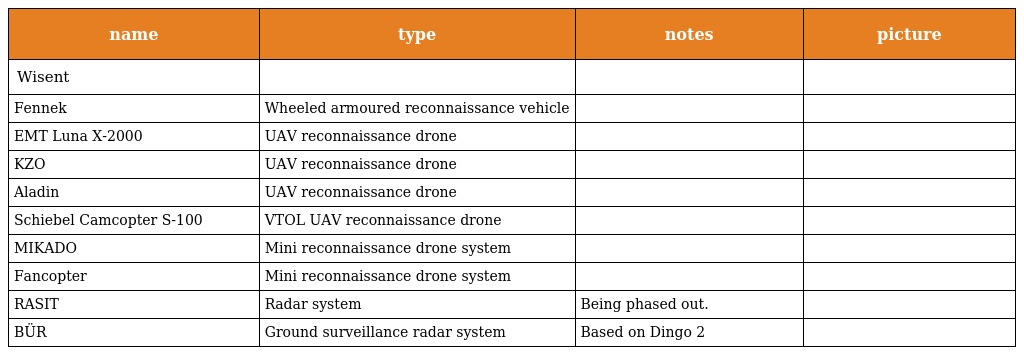
| name | type | notes | picture |
 | --- | --- | --- | --- |
 | Wisent |  |  |  |
 | Fennek | Wheeled armoured reconnaissance vehicle |  |  |
 | EMT Luna X-2000 | UAV reconnaissance drone |  |  |
 | KZO | UAV reconnaissance drone |  |  |
 | Aladin | UAV reconnaissance drone |  |  |
 | Schiebel Camcopter S-100 | VTOL UAV reconnaissance drone |  |  |
 | MIKADO | Mini reconnaissance drone system |  |  |
 | Fancopter | Mini reconnaissance drone system |  |  |
 | RASIT | Radar system | Being phased out. |  |
 | BÜR | Ground surveillance radar system | Based on Dingo 2 |  |